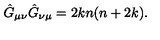
\hat { G } _ { \mu \nu } \hat { G } _ { \nu \mu } = 2 k n ( n + 2 k ) .